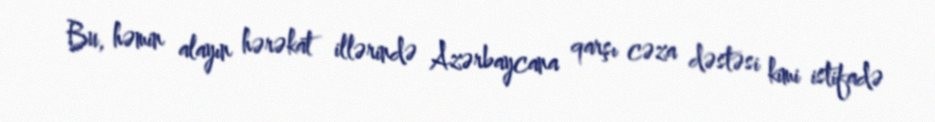
Bu, həmin alayın hərəkat illərində Azərbaycana qarşı cəza dəstəsi kimi istifadə